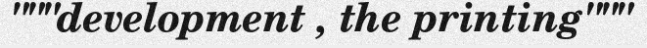
"""development , the printing"""